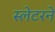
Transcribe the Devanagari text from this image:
स्लेटरने